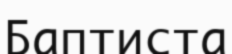
Баптиста